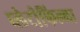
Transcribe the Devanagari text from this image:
प्लेटीफिल्ला